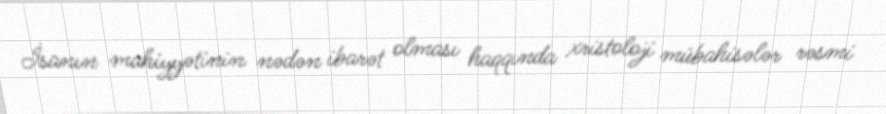
İsanın mahiyyətinin nədən ibarət olması haqqında xristoloji mübahisələr rəsmi